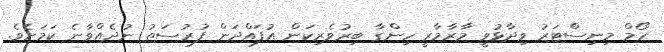
ހޯމް މިނިސްޓަރު ވިދާޅުވީ މާރާމާރީ ހިންގާ ބިރުވެރިކަން އުފައްދަން ފުރުސަތު ނުދެއްވާނެ ކަމަށެވެ.